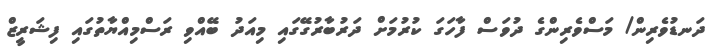
ދަނޑުވެރިން/ މަސްވެރިންގެ ދުވަސް ފާހަގަ ކުރުމަށް ދަރުބާރުގޭގައި މިއަދު ބޭއްވި ރަސްމިއްޔާތުގައި ފިޝަރީޒް